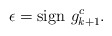
\begin{align*}\epsilon = \mbox{sign }g^c_{k+1}.\end{align*}